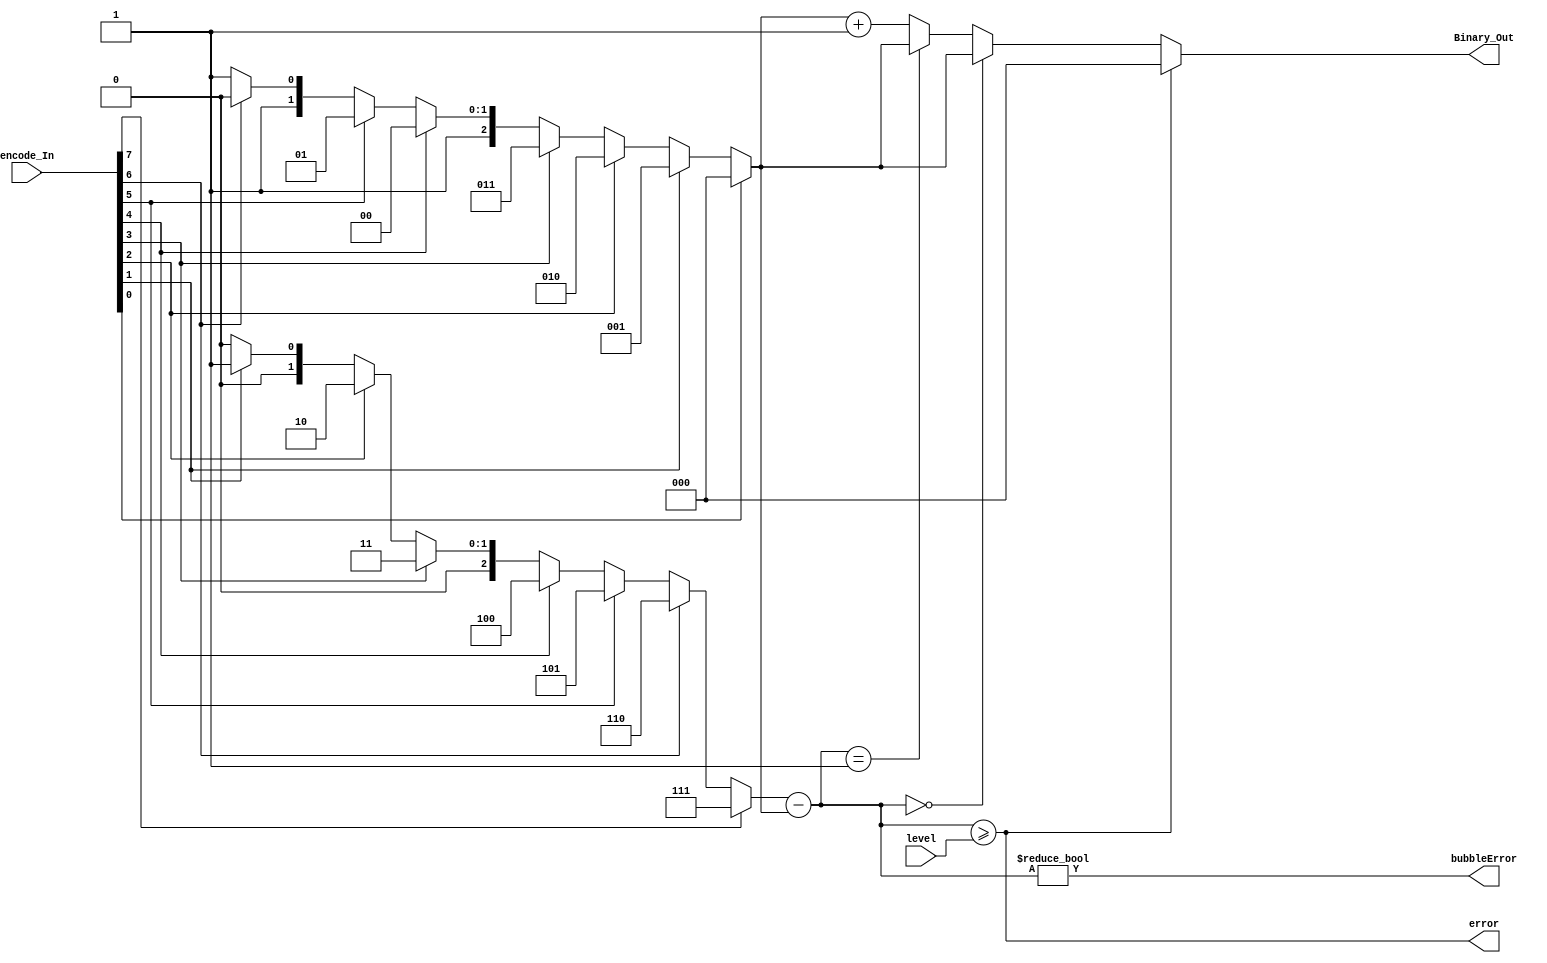
/**
 *
 *
 *  encode8b3b
 *  Encode 8 bits therometer code to 6 bits binary code
 *
 *  History:
 *  2019/02/25 Hanhan Sun    : Created
 *  2019/02/26 Datao Gong    : Revised
 *  2019/03/06 Hanhan Sun    : Revised and verified
 *  2020/04/28 Wei Zhang	 : Revised and verified for ETROC2 TDC
 **/
`timescale 1ps/100fs

module encode8b3b
(
input [7:0] encode_In, 	//therometer code in
input [1:0] level,  	//proper values of level ={1,2,3}   3-bit change to 2-bit for ETROC2 TDC
output [2:0] Binary_Out,
output bubbleError,
output error   			//error flag
);
wire[2:0] right,left,diff;

assign right= (encode_In[7]==1)? 3'd7:(  
		(encode_In[6]==1)? 3'd6:(  		
			(encode_In[5]==1)? 3'd5:(  		
				(encode_In[4]==1)? 3'd4:(  		
					(encode_In[3]==1)? 3'd3:(  							
						(encode_In[2]==1)? 3'd2:(  		
							(encode_In[1]==1)? 3'd1:3'd0))))));

assign left= (encode_In[0]==1)? 3'd0:(  
		(encode_In[1]==1)? 3'd1:(  		
			(encode_In[2]==1)? 3'd2:(  		
				(encode_In[3]==1)? 3'd3:(  		
					(encode_In[4]==1)? 3'd4:(  							
						(encode_In[5]==1)? 3'd5:(  		
							(encode_In[6]==1)? 3'd6:3'd7))))));

assign diff = right - left;
assign error = diff >= level; 				//greater than or equal to
assign bubbleError = (diff != 2'b00);
assign Binary_Out = error ? 3'b000:(       //if error, the output code is zero
					(diff == 3'b000)?left:(   //right = left, level == 1 
						(diff == 3'b001)?left:left+1));       
	 
endmodule